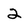
Character: 2